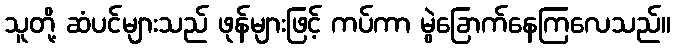
သူတို့ ဆံပင်များသည် ဖုန်များဖြင့် ကပ်ကာ မွဲခြောက်နေကြလေသည်။